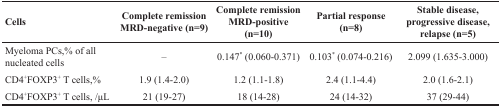
<table><thead><tr><td><b>Cells</b></td><td><b>Complete remission MRD-negative (n=9)</b></td><td><b>Complete remission MRD-positive (n=10)</b></td><td><b>Partial response (n=8)</b></td><td><b>Stable disease, progressive disease, relapse (n=5)</b></td></tr></thead><tbody><tr><td>Myeloma PCs,% of all nucleated cells</td><td>–</td><td>0.147<sup>*</sup> (0.060-0.371)</td><td>0.103<sup>*</sup> (0.074-0.216)</td><td>2.099 (1.635-3.000)</td></tr><tr><td>CD4<sup>+</sup>FOXP3<sup>+</sup> T cells,%</td><td>1.9 (1.4-2.0)</td><td>1.2 (1.1-1.8)</td><td>2.4 (1.1-4.4)</td><td>2.0 (1.6-2.1)</td></tr><tr><td>CD4<sup>+</sup>FOXP3<sup>+</sup> T cells, /μL</td><td>21 (19-27)</td><td>18 (14-28)</td><td>24 (14-32)</td><td>37 (29-44)</td></tr></tbody></table>